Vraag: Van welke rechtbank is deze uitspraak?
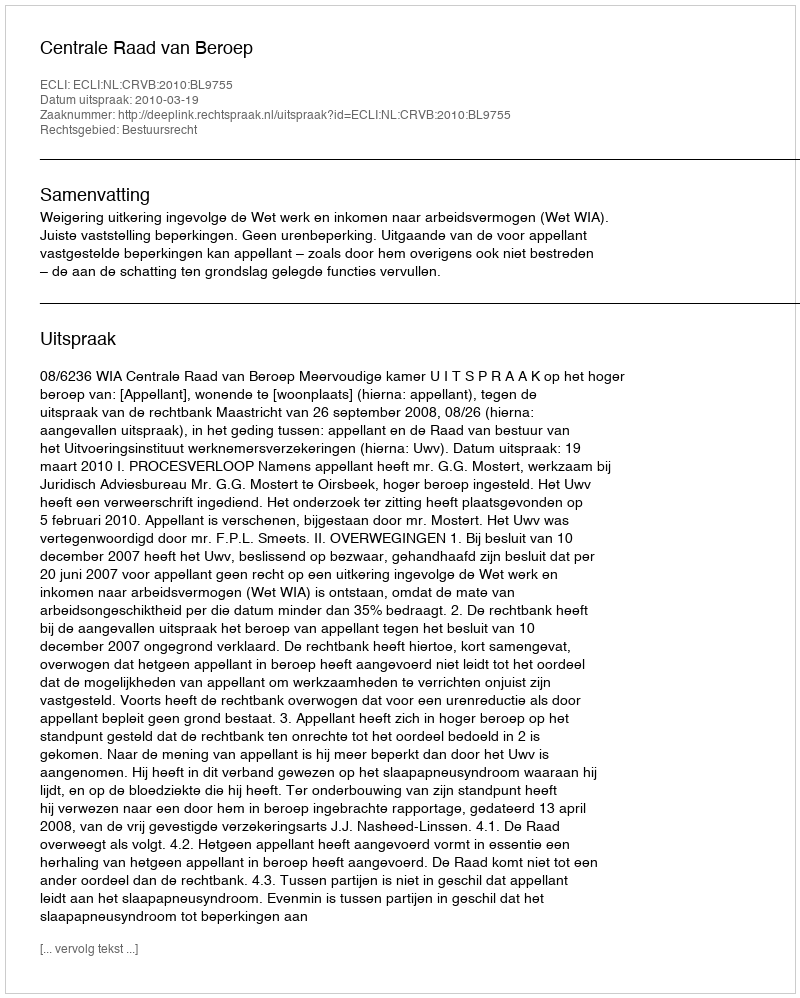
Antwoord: Centrale Raad van Beroep